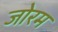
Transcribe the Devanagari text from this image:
जोरम